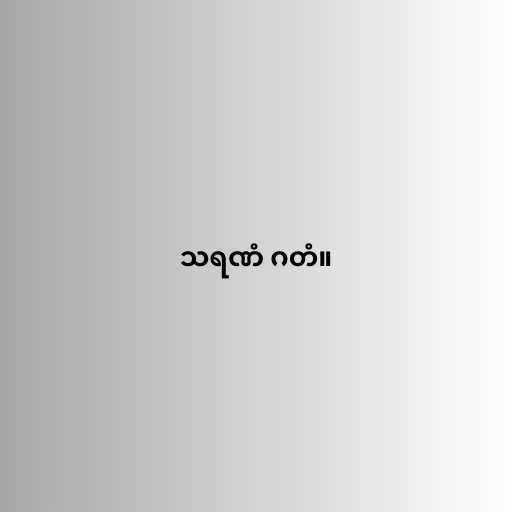
သရဏံ ဂတံ။